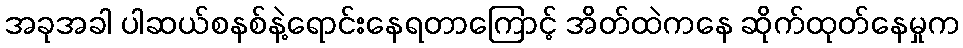
အခုအခါ ပါဆယ်စနစ်နဲ့ရောင်းနေရတာကြောင့် အိတ်ထဲကနေ ဆိုက်ထုတ်နေမှုက